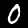
Digit: 0